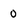
Character: 0